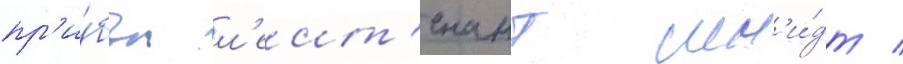
пр'и́был л'еит'енант шм'и́дт /